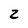
Character: 2